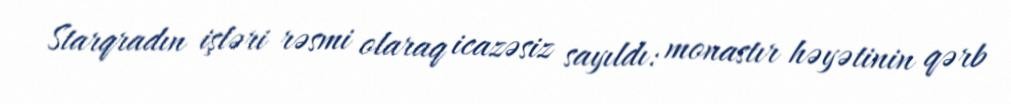
Starqradın işləri rəsmi olaraq icazəsiz sayıldı: monastır həyətinin qərb